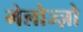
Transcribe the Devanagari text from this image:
मेलोज्ज़ो